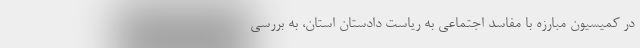
در کمیسیون مبارزه با مفاسد اجتماعی به ریاست دادستان استان، به بررسی